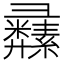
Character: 𦇚